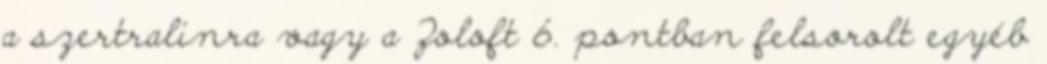
a szertralinra vagy a Zoloft 6. pontban felsorolt egyéb